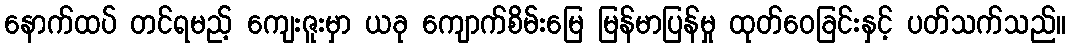
နောက်ထပ် တင်ရမည့် ကျေးဇူးမှာ ယခု ကျောက်စိမ်းမြေ မြန်မာပြန်မှု ထုတ်ဝေခြင်းနှင့် ပတ်သက်သည်။